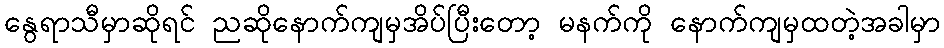
နွေရာသီမှာဆိုရင် ညဆိုနောက်ကျမှအိပ်ပြီးတော့ မနက်ကို နောက်ကျမှထတဲ့အခါမှာ